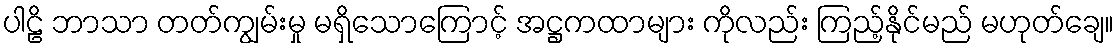
ပါဠိ ဘာသာ တတ်ကျွမ်းမှု မရှိသောကြောင့် အဋ္ဌကထာများ ကိုလည်း ကြည့်နိုင်မည် မဟုတ်ချေ။